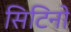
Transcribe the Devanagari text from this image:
सिटिनो